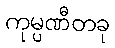
ကုမ္ပဏီတခု